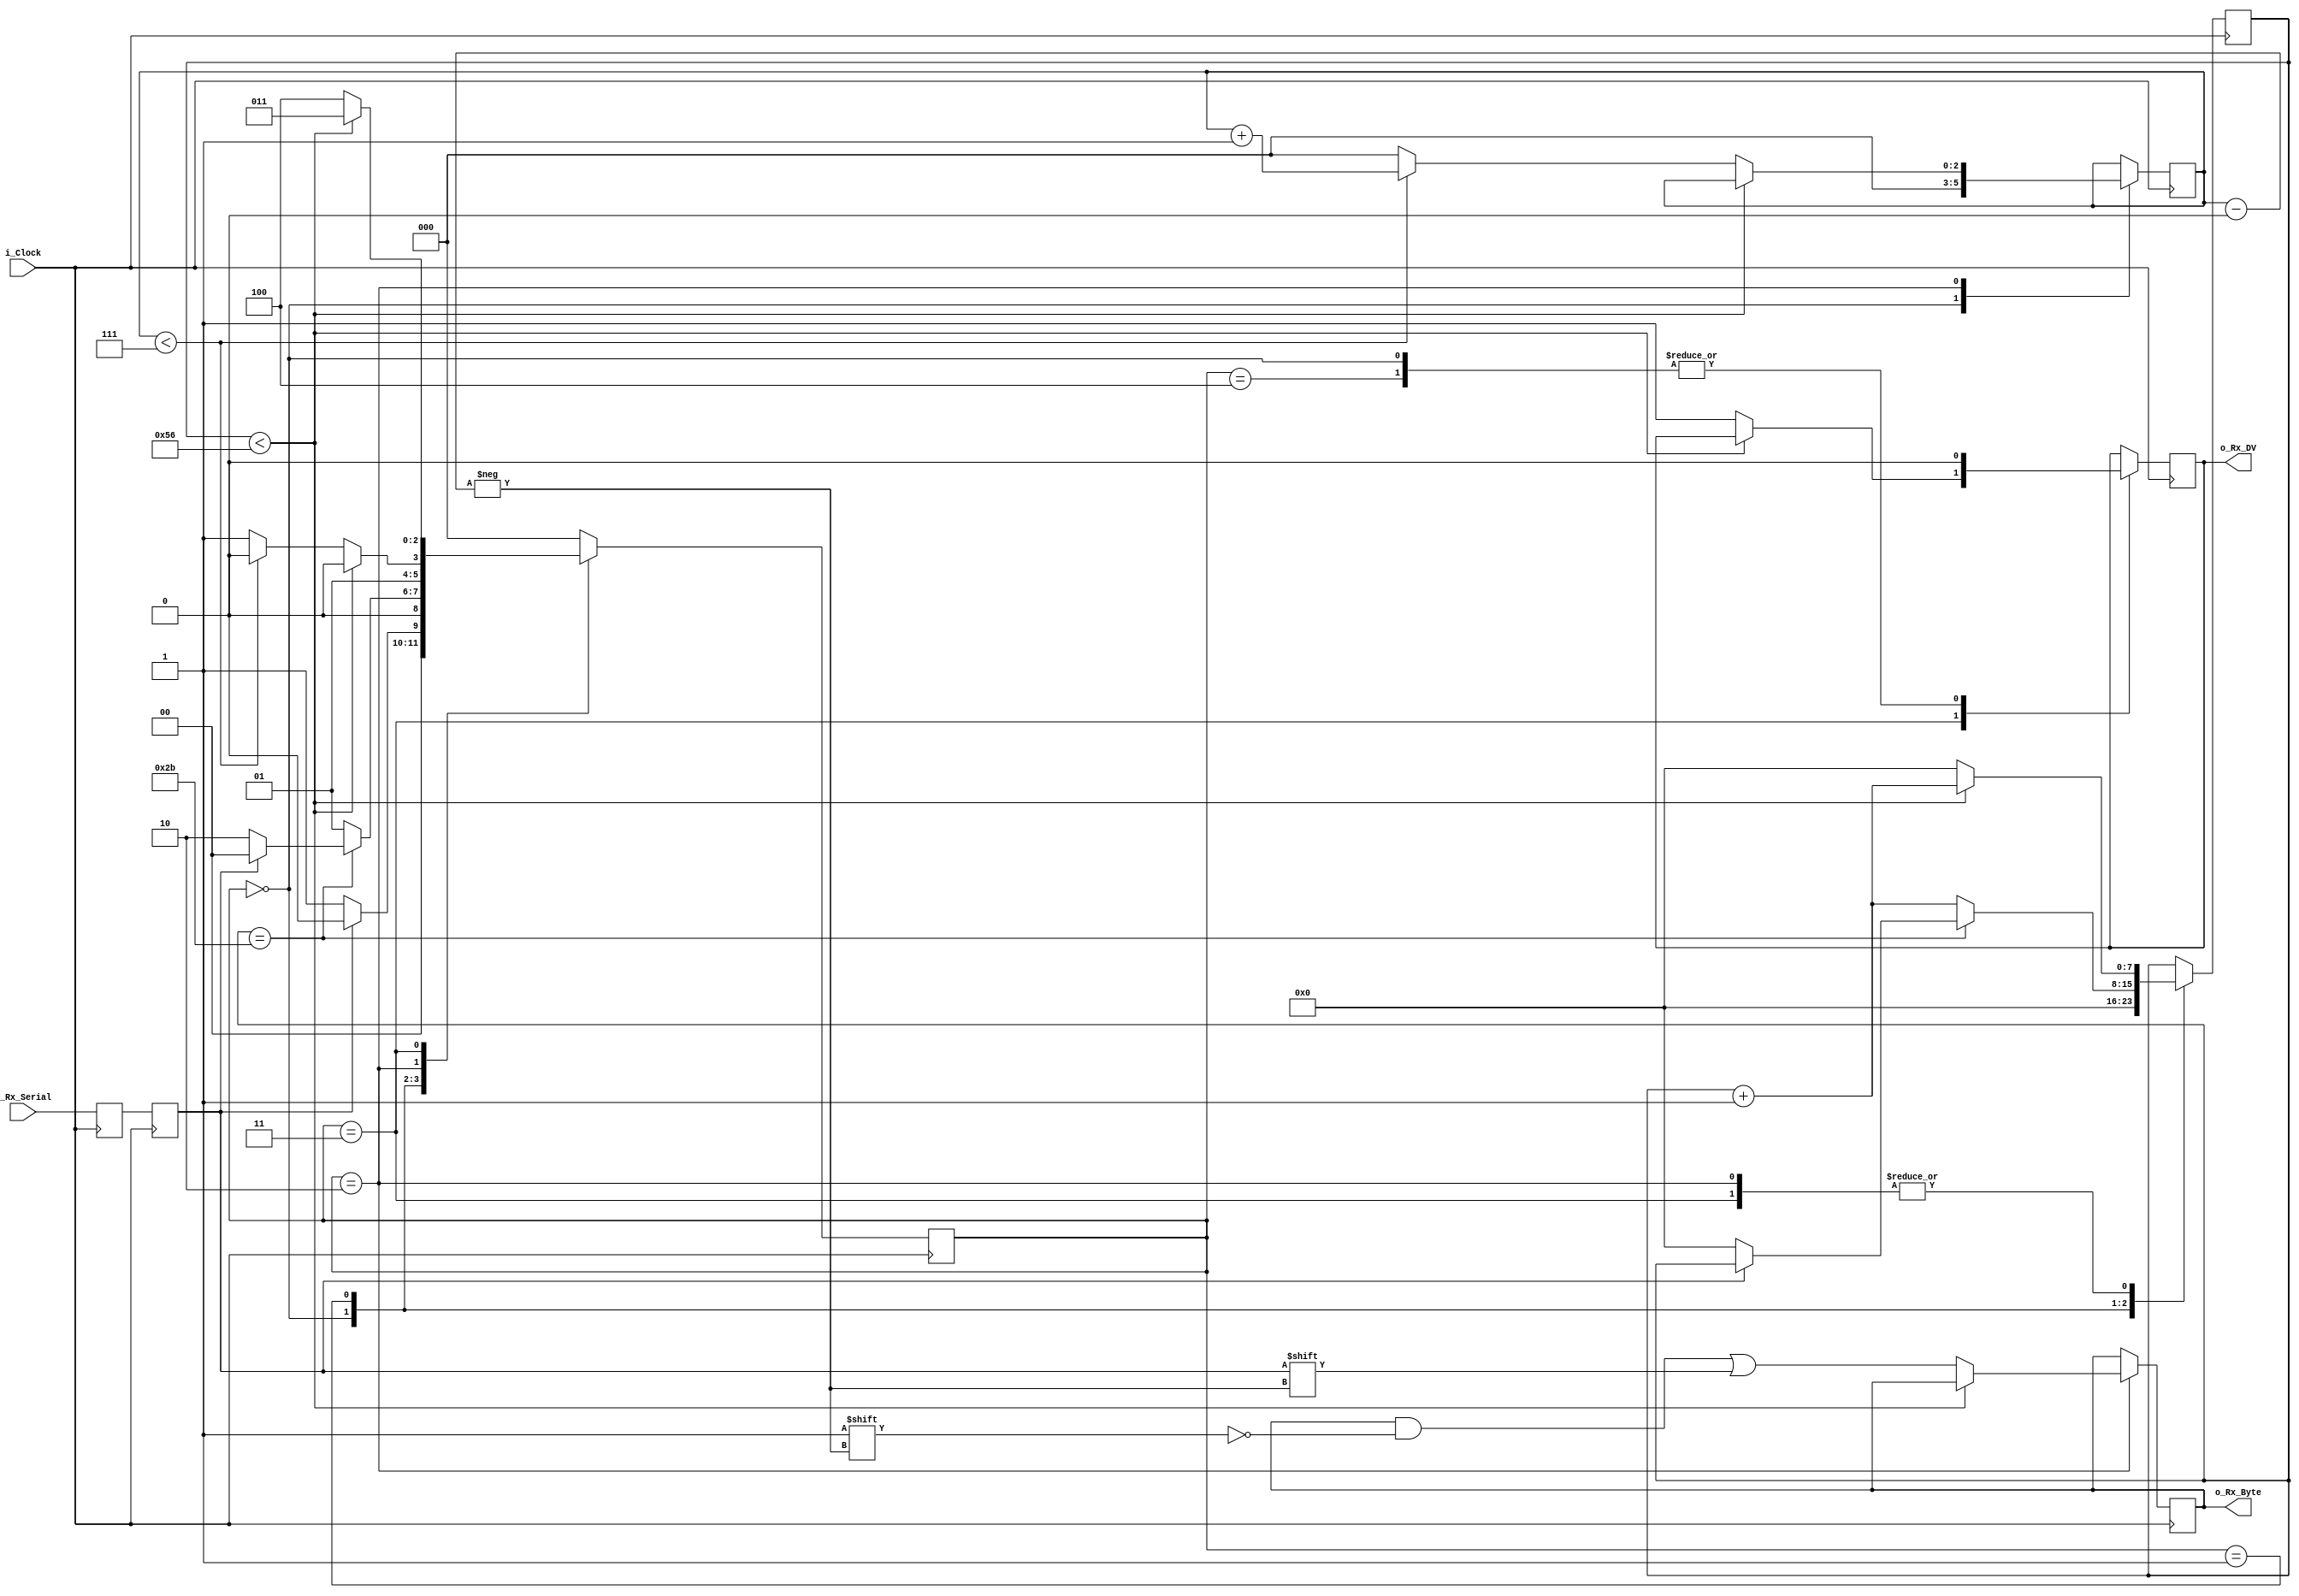
module uart_rx 
  #(parameter CLKS_PER_BIT = 87)
  (
   input        i_Clock,
   input        i_Rx_Serial,
   output       o_Rx_DV,
   output [7:0] o_Rx_Byte
   );
    
  parameter s_IDLE         = 3'b000;
  parameter s_RX_START_BIT = 3'b001;
  parameter s_RX_DATA_BITS = 3'b010;
  parameter s_RX_STOP_BIT  = 3'b011;
  parameter s_CLEANUP      = 3'b100;
   
  reg           r_Rx_Data_R = 1'b1;
  reg           r_Rx_Data   = 1'b1;
   
  reg [7:0]     r_Clock_Count = 0;
  reg [2:0]     r_Bit_Index   = 0; //8 bits total
  reg [7:0]     r_Rx_Byte     = 0;
  reg           r_Rx_DV       = 0;
  reg [2:0]     r_SM_Main     = 0;
   
  // Purpose: Double-register the incoming data.
  // This allows it to be used in the UART RX Clock Domain.
  // (It removes problems caused by metastability)
  always @(posedge i_Clock)
    begin
      r_Rx_Data_R <= i_Rx_Serial;
      r_Rx_Data   <= r_Rx_Data_R;
    end
   
   
  // Purpose: Control RX state machine
  always @(posedge i_Clock)
    begin
       
      case (r_SM_Main)
        s_IDLE :
          begin
            r_Rx_DV       <= 1'b0;
            r_Clock_Count <= 0;
            r_Bit_Index   <= 0;
             
            if (r_Rx_Data == 1'b0)          // Start bit detected
              r_SM_Main <= s_RX_START_BIT;
            else
              r_SM_Main <= s_IDLE;
          end
         
        // Check middle of start bit to make sure it's still low
        s_RX_START_BIT :
          begin
            if (r_Clock_Count == (CLKS_PER_BIT-1)/2)
              begin
                if (r_Rx_Data == 1'b0)
                  begin
                    r_Clock_Count <= 0;  // reset counter, found the middle
                    r_SM_Main     <= s_RX_DATA_BITS;
                  end
                else
                  r_SM_Main <= s_IDLE;
              end
            else
              begin
                r_Clock_Count <= r_Clock_Count + 1;
                r_SM_Main     <= s_RX_START_BIT;
              end
          end // case: s_RX_START_BIT
         
         
        // Wait CLKS_PER_BIT-1 clock cycles to sample serial data
        s_RX_DATA_BITS :
          begin
            if (r_Clock_Count < CLKS_PER_BIT-1)
              begin
                r_Clock_Count <= r_Clock_Count + 1;
                r_SM_Main     <= s_RX_DATA_BITS;
              end
            else
              begin
                r_Clock_Count          <= 0;
                r_Rx_Byte[r_Bit_Index] <= r_Rx_Data;
                 
                // Check if we have received all bits
                if (r_Bit_Index < 7)
                  begin
                    r_Bit_Index <= r_Bit_Index + 1;
                    r_SM_Main   <= s_RX_DATA_BITS;
                  end
                else
                  begin
                    r_Bit_Index <= 0;
                    r_SM_Main   <= s_RX_STOP_BIT;
                  end
              end
          end // case: s_RX_DATA_BITS
     
     
        // Receive Stop bit.  Stop bit = 1
        s_RX_STOP_BIT :
          begin
            // Wait CLKS_PER_BIT-1 clock cycles for Stop bit to finish
            if (r_Clock_Count < CLKS_PER_BIT-1)
              begin
                r_Clock_Count <= r_Clock_Count + 1;
                r_SM_Main     <= s_RX_STOP_BIT;
              end
            else
              begin
                r_Rx_DV       <= 1'b1;
                r_Clock_Count <= 0;
                r_SM_Main     <= s_CLEANUP;
              end
          end // case: s_RX_STOP_BIT
     
         
        // Stay here 1 clock
        s_CLEANUP :
          begin
            r_SM_Main <= s_IDLE;
            r_Rx_DV   <= 1'b0;
          end
         
         
        default :
          r_SM_Main <= s_IDLE;
         
      endcase
    end   
   
  assign o_Rx_DV   = r_Rx_DV;
  assign o_Rx_Byte = r_Rx_Byte;
   
endmodule // uart_rx